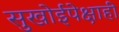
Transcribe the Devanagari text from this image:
सुखोईपेक्षाही